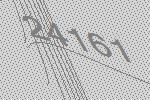
24161